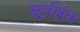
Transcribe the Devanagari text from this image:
स्ट्रलिंग